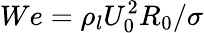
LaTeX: We=\rho_{l}U_{0}^{2}R_{0}/\sigma